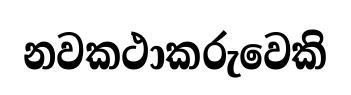
නවකථාකරුවෙකි